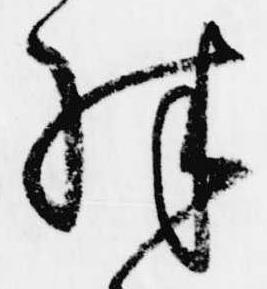
殊